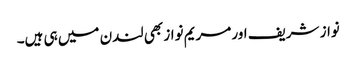
نواز شریف اور مریم نواز بھی لندن میں ہی ہیں۔